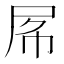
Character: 𡱃